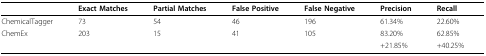
|  | Exact Matches | Partial Matches | False Positive | False Negative | Precision | Recall |
 | --- | --- | --- | --- | --- | --- | --- |
 | ChemicalTagger | 73 | 54 | 46 | 196 | 61.34% | 22.60% |
 | ChemEx | 203 | 15 | 41 | 105 | 83.20% | 62.85% |
 |  |  |  |  |  | +21.85% | +40.25% |